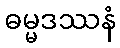
ဓမ္မဒဿနံ